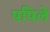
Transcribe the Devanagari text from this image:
पपिले